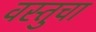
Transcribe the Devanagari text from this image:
वस्तुचा